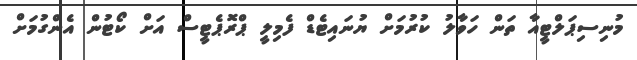
މުނިސިޕަލްޓީއާ ތަން ހަވާލު ކުރުމަށް ޔުނައިޓެޑް ފެމިލީ ޕްރޮޕެޓީސް އަށް ކޯޓުން އެންގުމަށް